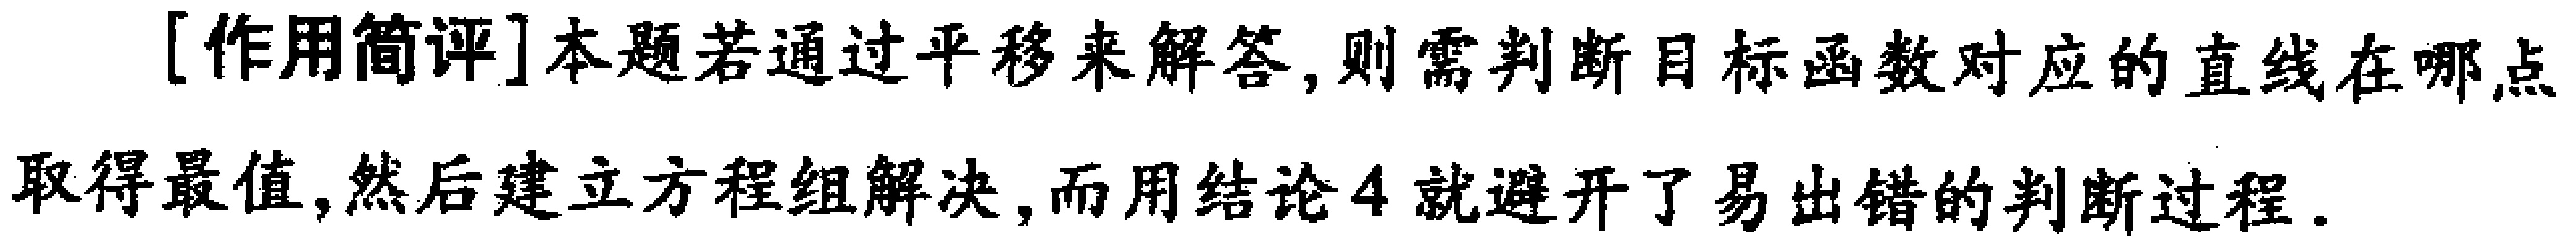
[作用简评]本题若通过平移来解答,则需判断目标函数对应的直线在哪点取得最值,然后建立方程组解决,而用结论4就避开了易出错的判断过程.